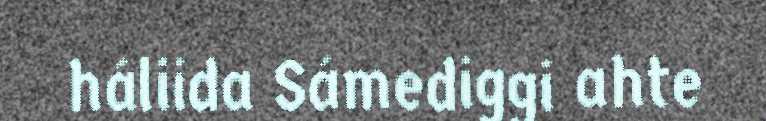
háliida Sámediggi ahte